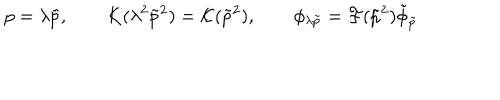
LaTeX: p = \lambda \tilde { p } , \qquad K ( \lambda ^ { 2 } \tilde { p } ^ { 2 } ) = { \cal K } ( \tilde { p } ^ { 2 } ) , \qquad \phi _ { \lambda \tilde { p } } = { \cal F } ( \tilde { p } ^ { 2 } ) \tilde { \phi } _ { \tilde { p } }